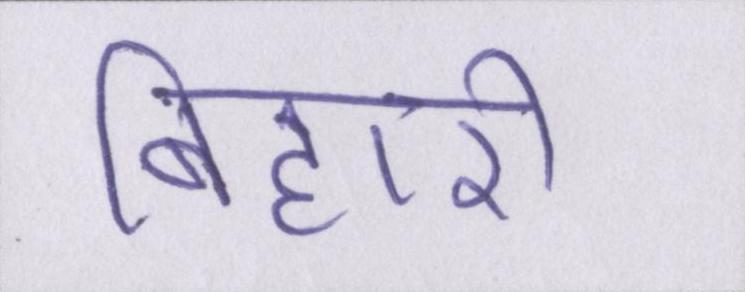
बिहारी